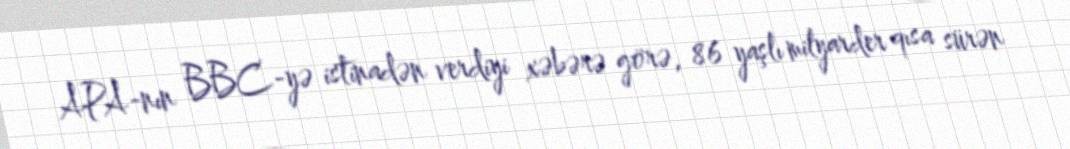
APA-nın BBC-yə istinadən verdiyi xəbərə görə, 86 yaşlı milyarder qısa sürən